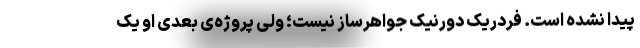
پیدا نشده است. فردریک دورنیک جواهرساز نیست؛ ولی پروژه‌ی بعدی او یک